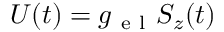
U ( t ) = g _ { \mathrm { ~ e ~ l ~ } } S _ { z } ( t )